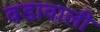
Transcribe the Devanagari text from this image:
वडावाली